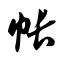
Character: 帐